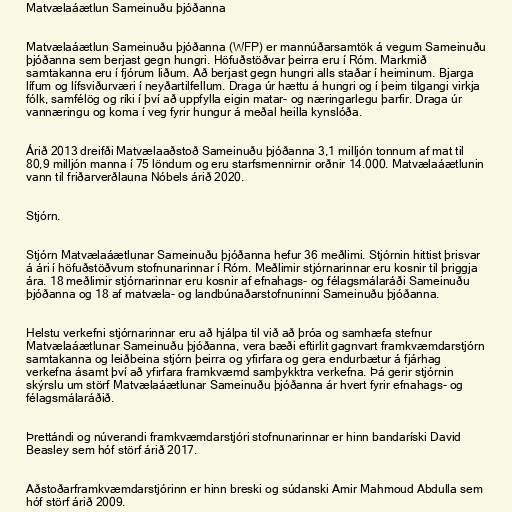
Matvælaáætlun Sameinuðu þjóðanna

Matvælaáætlun Sameinuðu þjóðanna (WFP) er mannúðarsamtök á vegum Sameinuðu
þjóðanna sem berjast gegn hungri. Höfuðstöðvar þeirra eru í Róm. Markmið
samtakanna eru í fjórum liðum. Að berjast gegn hungri alls staðar í heiminum. Bjarga
lífum og lífsviðurværi í neyðartilfellum. Draga úr hættu á hungri og í þeim tilgangi virkja
fólk, samfélög og ríki í því að uppfylla eigin matar- og næringarlegu þarfir. Draga úr
vannæringu og koma í veg fyrir hungur á meðal heilla kynslóða.

Árið 2013 dreifði Matvælaaðstoð Sameinuðu þjóðanna 3,1 milljón tonnum af mat til
80,9 milljón manna í 75 löndum og eru starfsmennirnir orðnir 14.000. Matvælaáætlunin
vann til friðarverðlauna Nóbels árið 2020.

Stjórn.

Stjórn Matvælaáætlunar Sameinuðu þjóðanna hefur 36 meðlimi. Stjórnin hittist þrisvar
á ári í höfuðstöðvum stofnunarinnar í Róm. Meðlimir stjórnarinnar eru kosnir til þriggja
ára. 18 meðlimir stjórnarinnar eru kosnir af efnahags- og félagsmálaráði Sameinuðu
þjóðanna og 18 af matvæla- og landbúnaðarstofnuninni Sameinuðu þjóðanna.

Helstu verkefni stjórnarinnar eru að hjálpa til við að þróa og samhæfa stefnur
Matvælaáætlunar Sameinuðu þjóðanna, vera bæði eftirlit gagnvart framkvæmdarstjórn
samtakanna og leiðbeina stjórn þeirra og yfirfara og gera endurbætur á fjárhag
verkefna ásamt því að yfirfara framkvæmd samþykktra verkefna. Þá gerir stjórnin
skýrslu um störf Matvælaáætlunar Sameinuðu þjóðanna ár hvert fyrir efnahags- og
félagsmálaráðið.

Þrettándi og núverandi framkvæmdarstjóri stofnunarinnar er hinn bandaríski David
Beasley sem hóf störf árið 2017.

Aðstoðarframkvæmdarstjórinn er hinn breski og súdanski Amir Mahmoud Abdulla sem
hóf störf árið 2009.